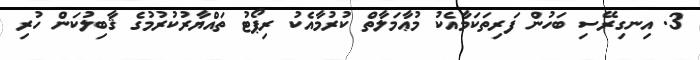
3. އިނގިރޭސި ބަހުން ފަރިތަކަމާއެކު މުޢާމަލާތް ކުރުމާއެކު ރިޕޯޓު ތައްޔާރުކުރުމުގެ ޤާބިލުކަން ހުރި